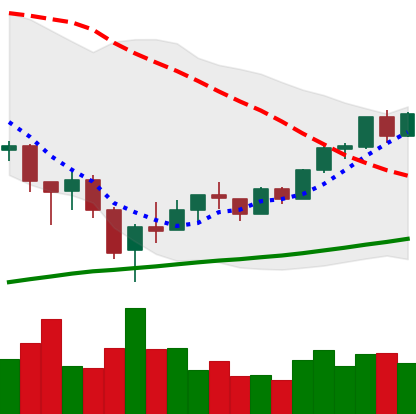
Ticker: BTC-USD
Chart end date: 2018-02-19
Forward return: -12.581%
Label: down_7plus